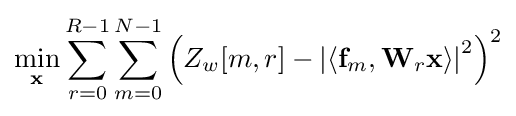
\min _{\mathbf {x} }\sum _{r=0}^{R-1}\sum _{m=0}^{N-1}\left(Z_{w}[m,r]-\left|\left\langle \mathbf {f} _{m},\mathbf {W} _{r}\mathbf {x} \right\rangle \right|^{2}\right)^{2}